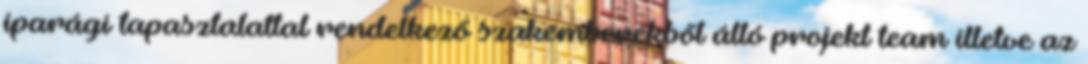
iparági tapasztalattal rendelkező szakemberekből álló projekt team illetve az